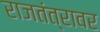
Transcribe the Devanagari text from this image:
राजतंत्रावर